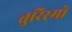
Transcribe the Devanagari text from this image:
तुरिस्मो